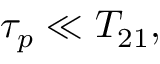
\begin{array} { r } { \tau _ { p } \ll T _ { 2 1 } , } \end{array}